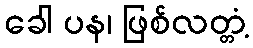
ခေါ ပန၊ ဖြစ်လတ္တံ့